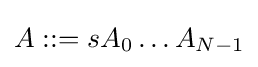
A::=sA_{0}\ldots A_{N-1}